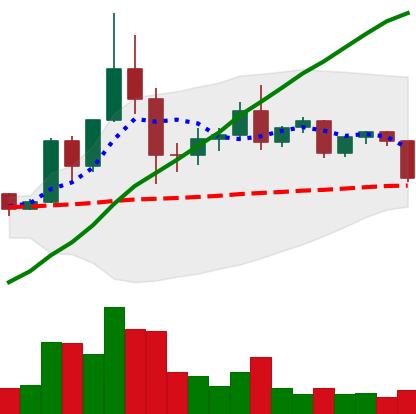
Ticker: TRX-USD
Chart end date: 2020-12-08
Forward return: 4.794%
Label: up_3_5